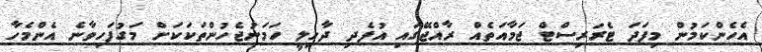
އެހެންކަމުން މިފަދަ ޓެރަރިސްޓް ޖަމާއަތެއް ރާއްޖޭގައި އުފެދި ދާހިލީ ހަމަނުޖެހުންތަކަކަށް މަގުފަހިވާނެ އެންމެހާ